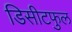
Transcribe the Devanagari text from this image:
डिसीटफुल